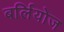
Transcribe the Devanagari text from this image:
बर्लियोज